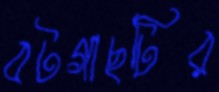
বটগাছটির